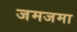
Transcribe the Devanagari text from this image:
जमजमा